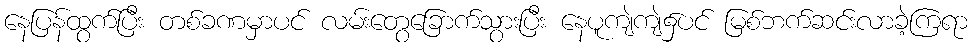
နေပြန်ထွက်ပြီး တစ်ခဏမှာပင် လမ်းတွေခြောက်သွားပြီး နေပူကျဲကျဲ၌ပင် မြစ်ဘက်ဆင်းလာခဲ့ကြရာ